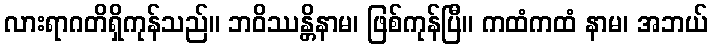
လားရာဂတိရှိကုန်သည်။ ဘဝိဿန္တိနာမ၊ ဖြစ်ကုန်ပြီ။ ကထံကထံ နာမ၊ အဘယ်